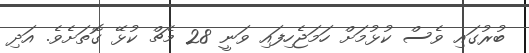
ބުރުގައި ވެސް ކުޅުމަށް ހަމަޖެހިފައި ވަނީ 28 މެޗް ކުޅޭ ގޮތަށެވެ. އަދި